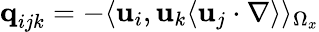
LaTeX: \textbf{q}_{ijk}=-\langle{\mathbf{u}}_{i},{\mathbf{u}}_{k}\langle{\mathbf{u}}_{j}\cdot\nabla\rangle\rangle_{\Omega_{x}}